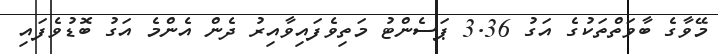
މޭވާގެ ބާވަތްތަކުގެ އަގު 3.36 ޕަސެންޓު މަތިވެފައިވާއިރު ދެން އެންމެ އަގު ބޮޑުވެފައި